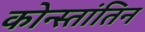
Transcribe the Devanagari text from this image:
कोन्स्तांतिन